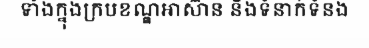
ទាំងក្នុងក្របខណ្ឌអាស៊ាន និងទំនាក់ទំនង